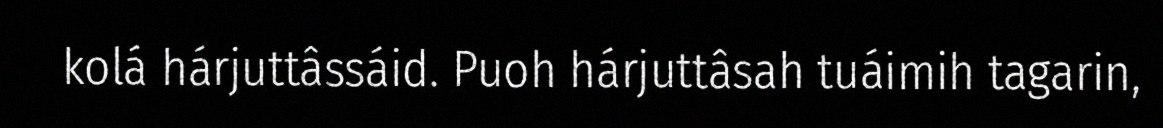
kolá hárjuttâssáid. Puoh hárjuttâsah tuáimih tagarin,